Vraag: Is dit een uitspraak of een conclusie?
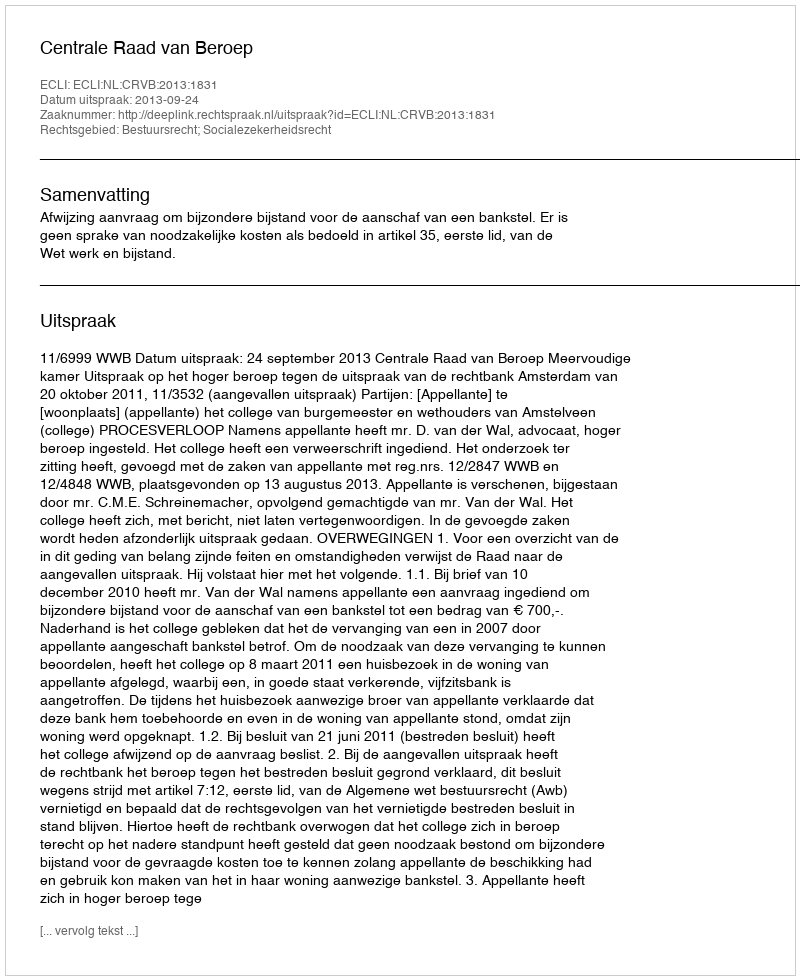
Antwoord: Uitspraak